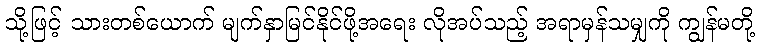
သို့ဖြင့် သားတစ်ယောက် မျက်နှာမြင်နိုင်ဖို့အရေး လိုအပ်သည့် အရာမှန်သမျှကို ကျွန်မတို့